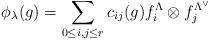
LaTeX: \begin{align*}\phi_\lambda(g)=\sum_{0\leq i, j\leq r}c_{ij}(g)f^\Lambda_i\otimes f^{\Lambda^\vee}_j\end{align*}